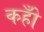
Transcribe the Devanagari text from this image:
कहोँ